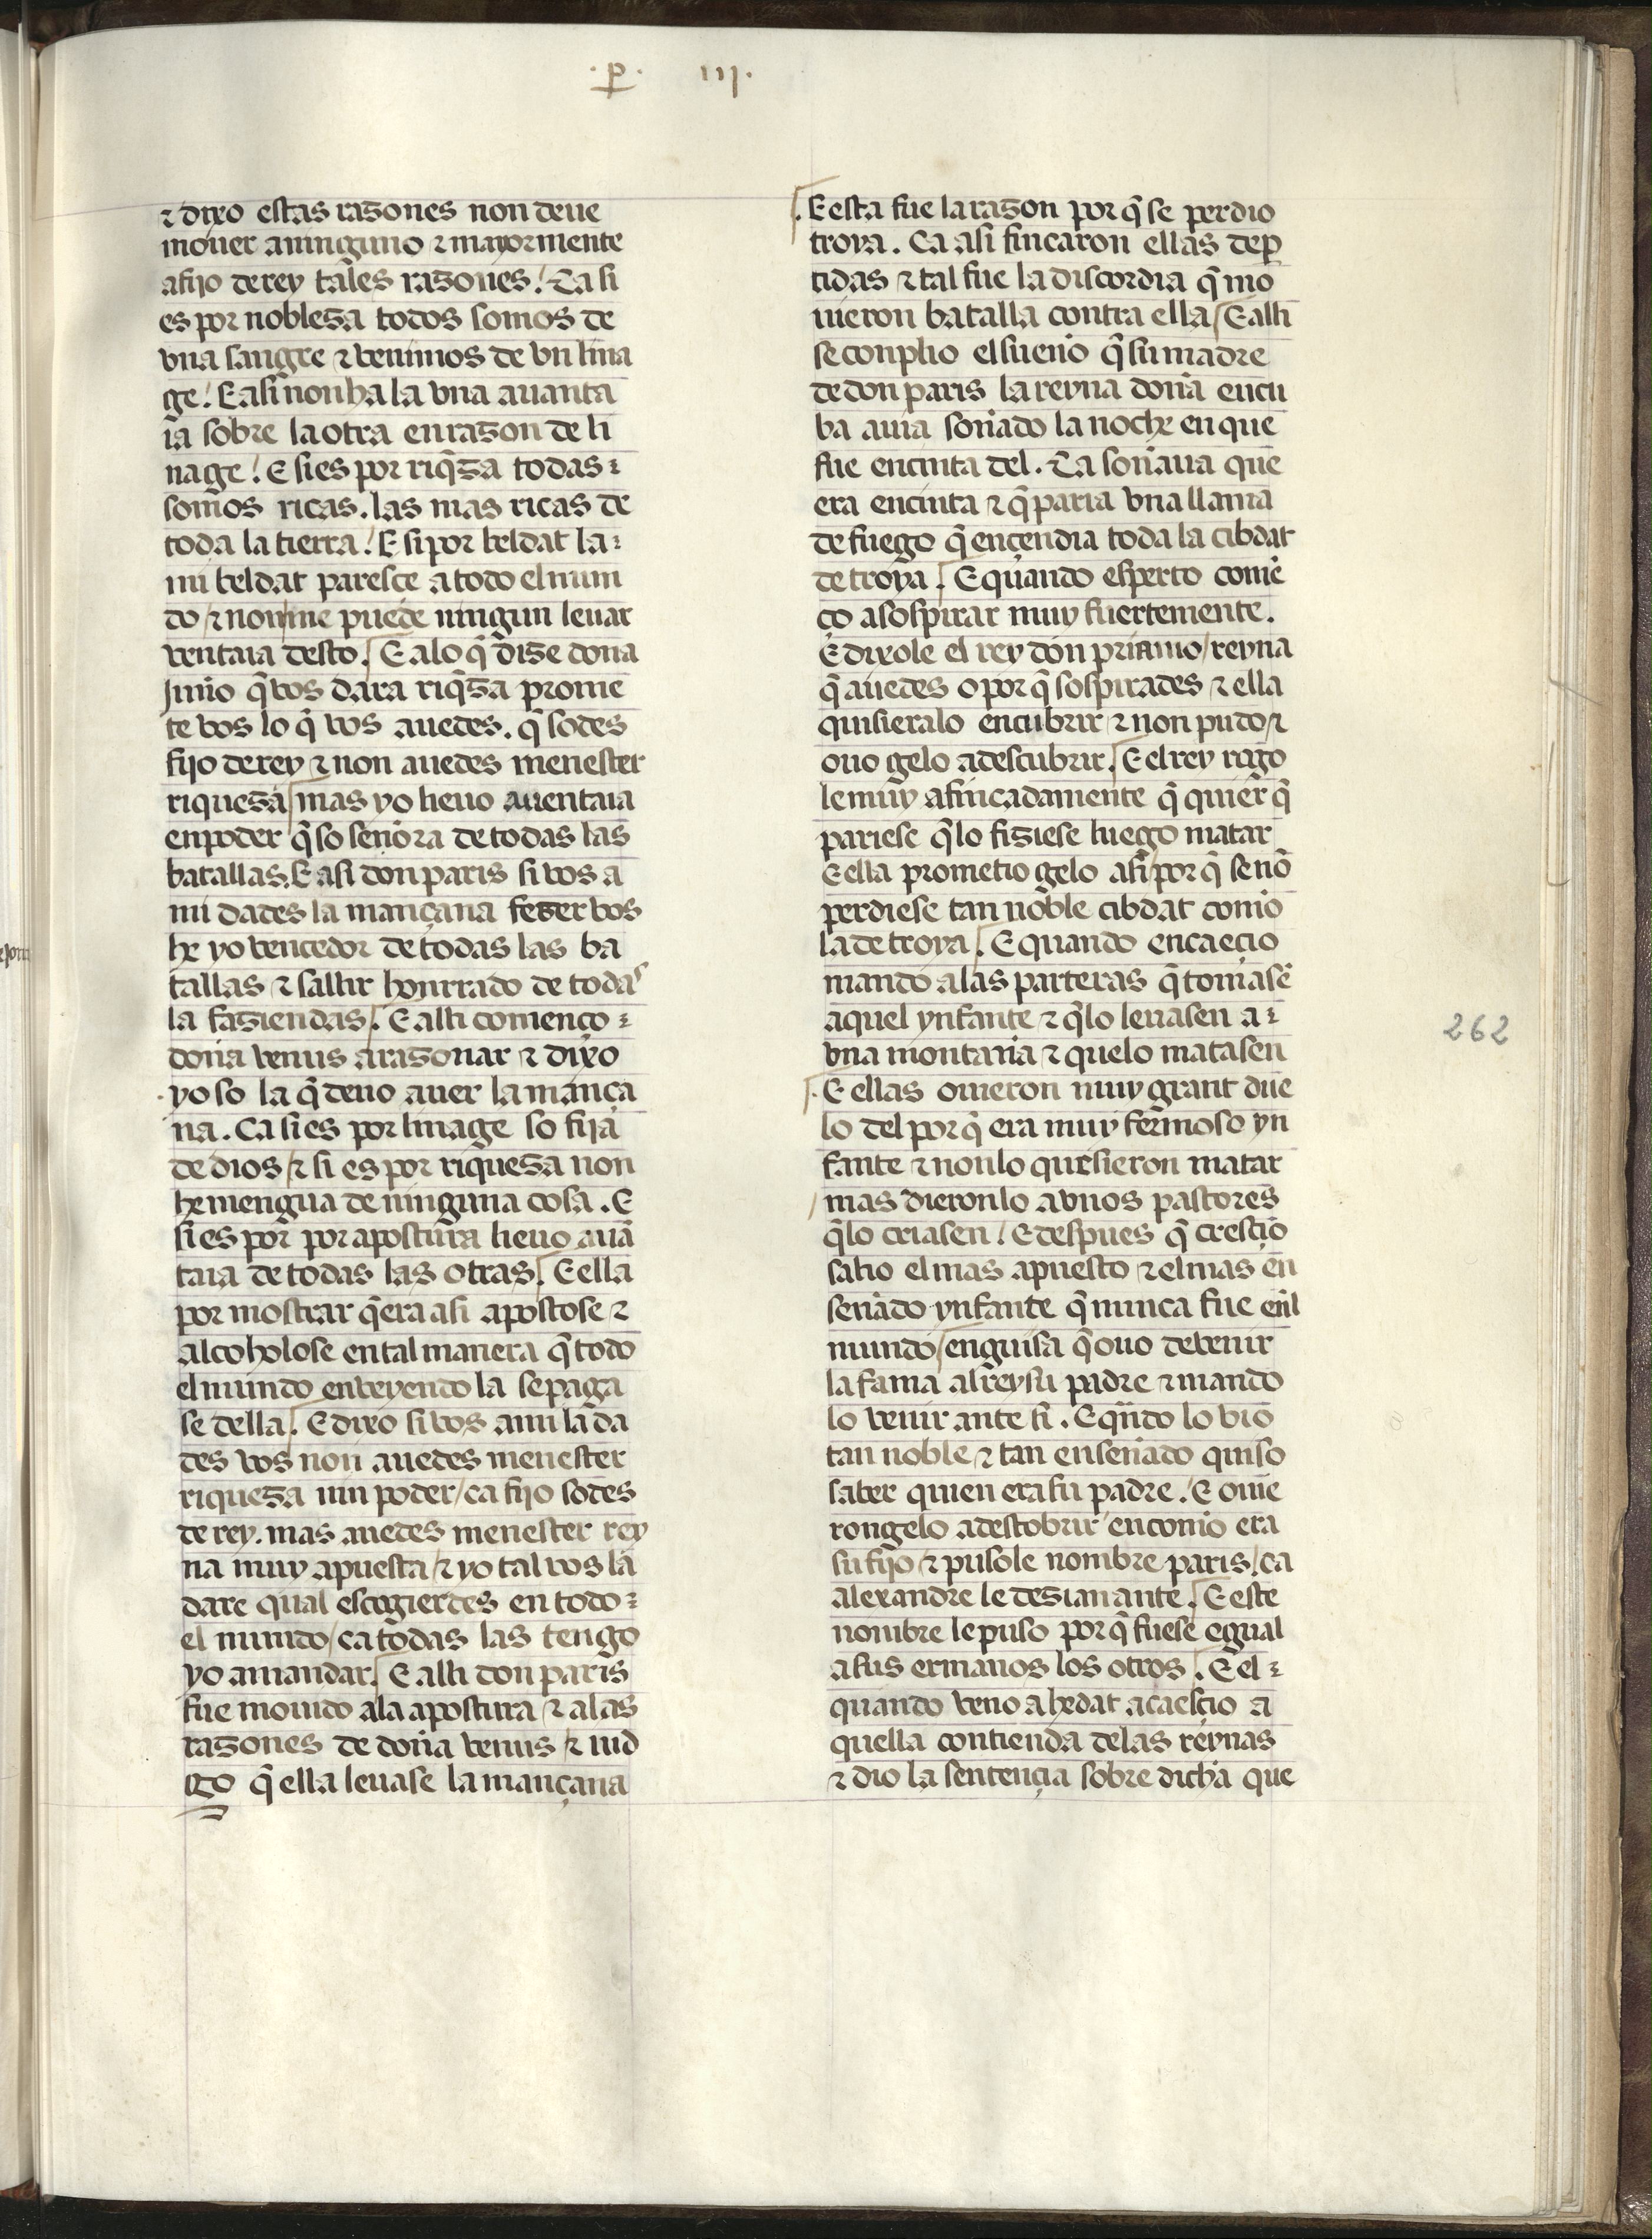
Shelfmark: Madrid, Fundación Lázaro Galdiano, mss 289
Century: 15